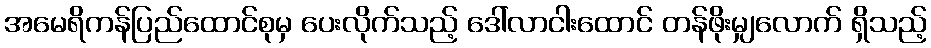
အမေရိကန်ပြည်ထောင်စုမှ ပေးလိုက်သည့် ဒေါ်လာငါးထောင် တန်ဖိုးမျှလောက် ရှိသည့်